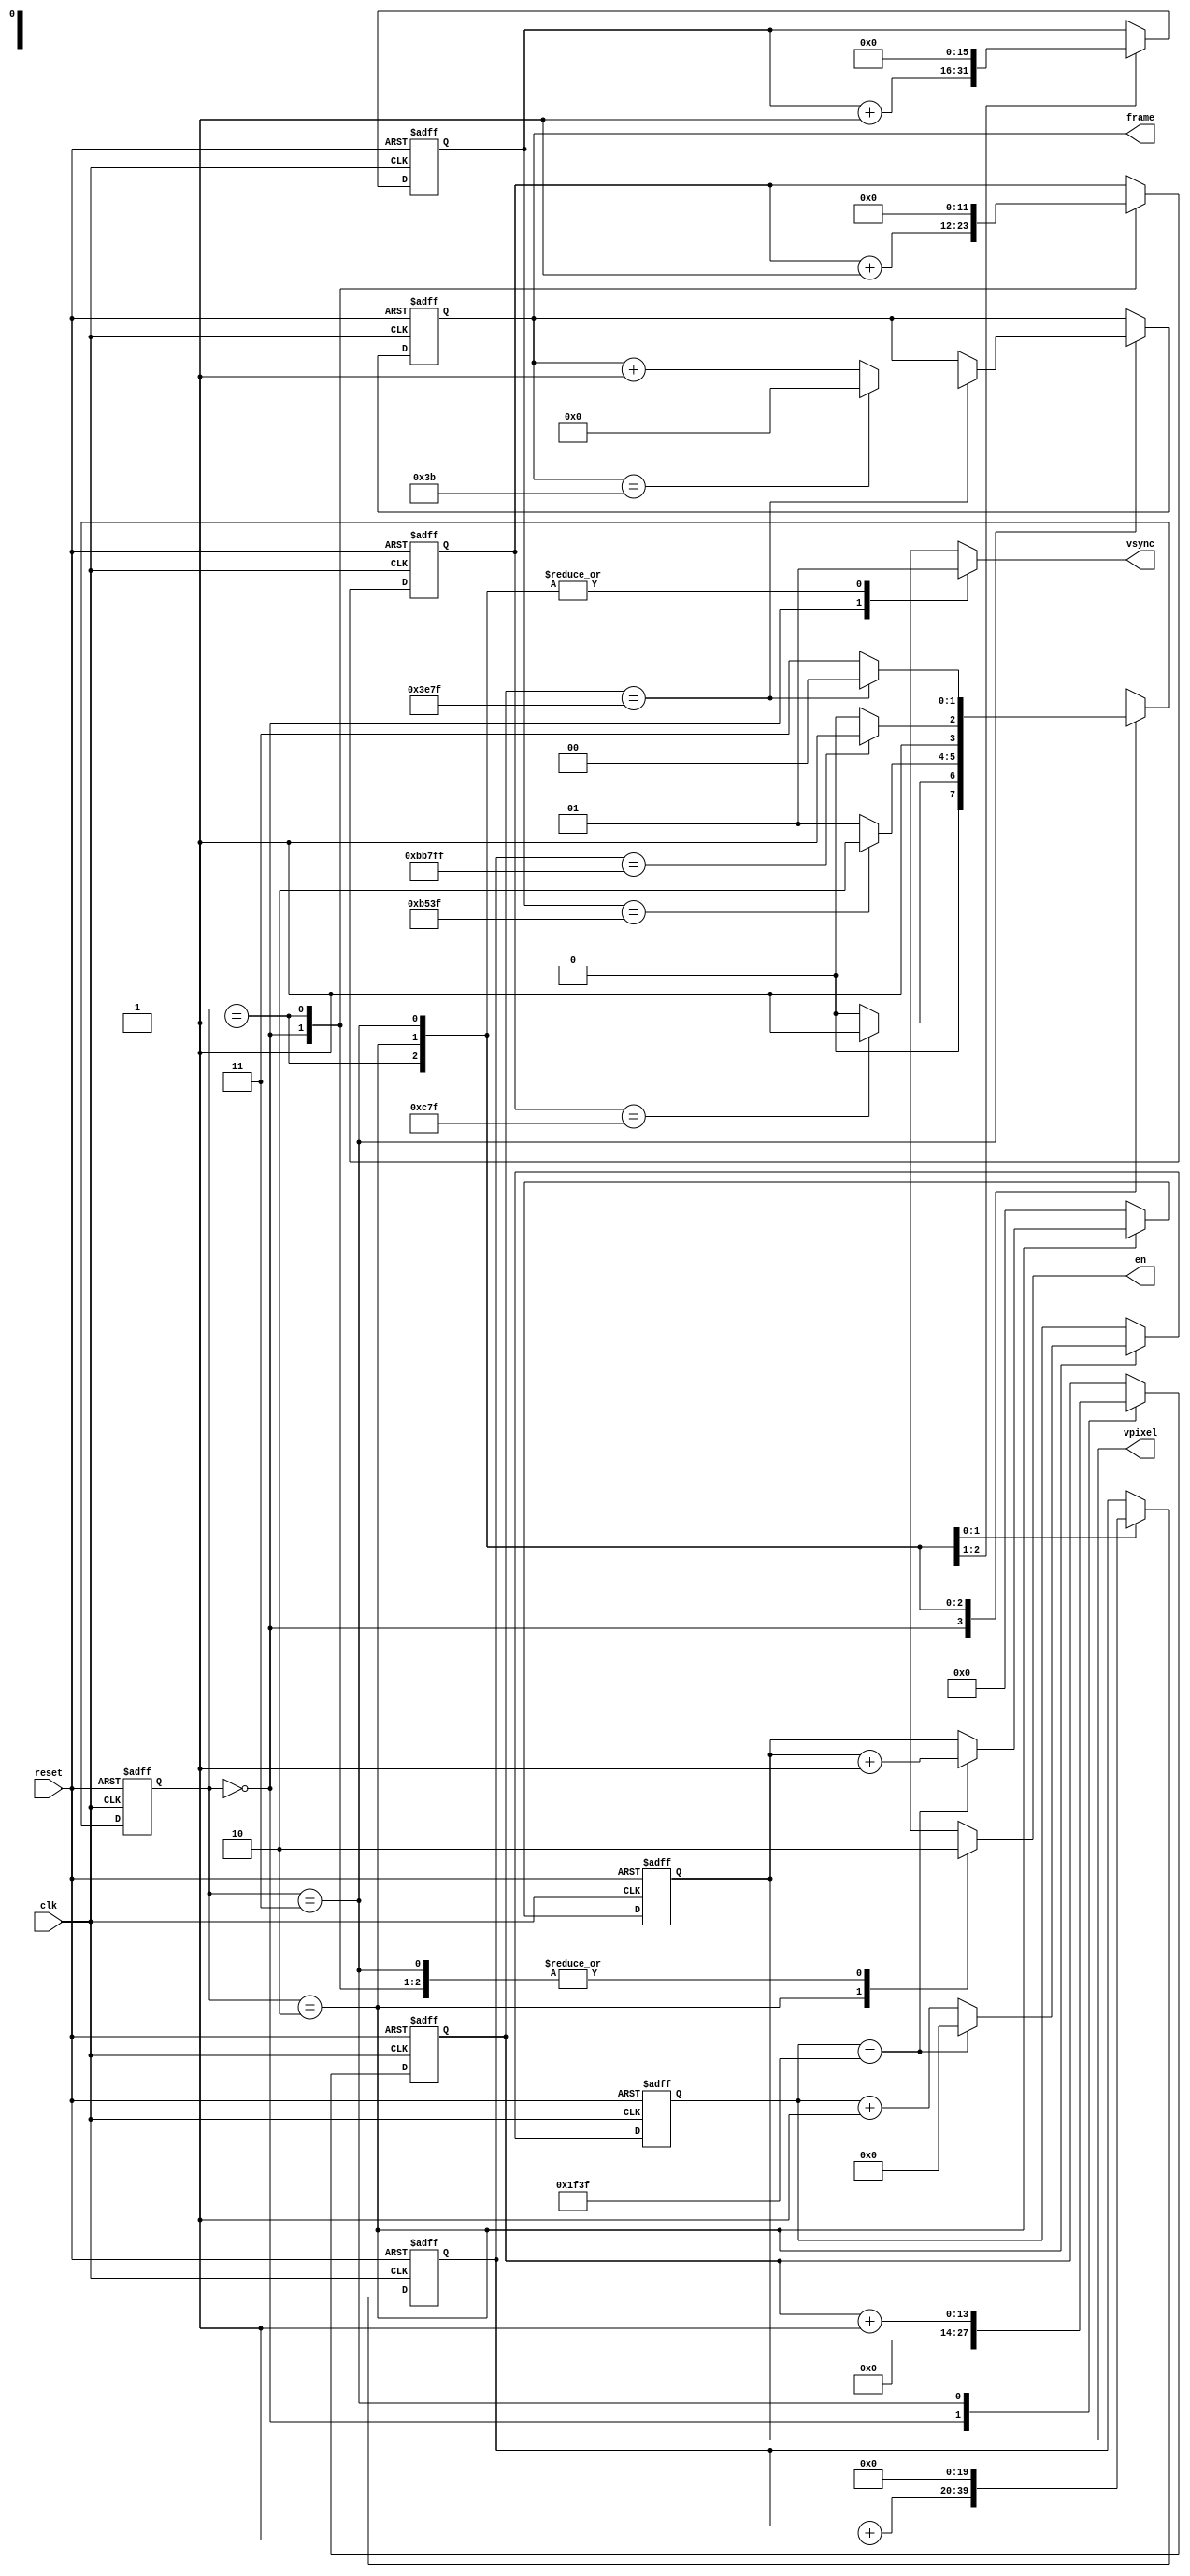
/*
Designer:		Lazaros Athanasiadis
Designed in:	Fall Semester 2019-20
Designed for:	Digital Systems Lab, 3rd lab assignment (VGA driver)
Description:	Vertical timings for the vga driver. Outputs vsync, a signal
				that goes straight to the VGA, and enable, a signal that I use
				to determine whether I should display pixels,
				meaning the FSM is at its ACTIVE VIDEO state, or not.
*/
module vsync_generator(clk, reset, vpixel, vsync, en, frame);

	input clk, reset;
	output vsync, en;
	output [5:0] frame;
	output [6:0] vpixel;

	reg vsync, en;
	reg [1:0] state, next_state;
	reg [5:0] frame;
	reg [6:0] vpixel;
	
	//Assuming a 20ns clock...
	/*
	pixel_counter: counts up to 7999 (160us elapsed) to change vpixel value
	On a 640*480 display , the 15.36ms of active video time are enough
	to scan each one of the 480 vertical lines one time
	With my 128*96 VRAM, each line must get displayed 5 times to get displayed properly.
	Thus, the pixel counter for generating the vpixel signal must count for 32us(scanlight time)*5 = 160us,
	or 8000 clock (T = 20ns) cycles
	*/
	reg [12:0] pixel_counter;
	reg [11:0] pulse_counter; //count up to 3199 (64us elapsed -- pulse width)
	reg [15:0] back_counter; //count up to 46399 (928us elapsed -- back porch)
	reg [19:0] active_counter; //count up to 767999 (15.36ms elapsed -- active video time)
	reg [13:0] front_counter; //count up to 15999 (320us elapsed -- front porch)

	parameter	PULSE_WIDTH = 2'b00,
				BACK_PORCH = 2'b01,
				DISPLAY = 2'b10,
				FRONT_PORCH = 2'b11;

	//FSM: next state
	always @(posedge clk or posedge reset) begin
		if (reset == 1'b1) begin
			state <= PULSE_WIDTH;
		end
		else begin
			state <= next_state;
		end
	end

	//increase counters at their respective states
	always @(posedge clk or posedge reset) begin
		if (reset == 1'b1) begin
			pulse_counter <= 12'b0;
			back_counter <= 16'b0;
			active_counter <= 20'b0;
			front_counter <= 14'b0;
			pixel_counter <= 13'b0;
		end
		else begin
			case (state)
				PULSE_WIDTH:
				begin
					front_counter <= 14'd0;
					pulse_counter <= pulse_counter + 12'd1;
				end
				BACK_PORCH:
				begin
					pulse_counter <= 12'd0;
					back_counter <= back_counter + 16'd1;
				end
				DISPLAY:
				begin
					back_counter <= 16'd0;
					active_counter <= active_counter + 20'd1;
					if (pixel_counter == 13'd7999)
						pixel_counter <= 13'd0;
					else
						pixel_counter <= pixel_counter + 13'd1;
				end
				FRONT_PORCH:
				begin
					active_counter <= 20'd0;
					front_counter <= front_counter + 14'b1; 
				end
			endcase
		end
	end

	//calculate vpixel and frame
	always @(posedge clk or posedge reset) begin
		if (reset == 1'b1) begin
			frame <= 6'd0;
			vpixel <= 7'b0;
		end
		else begin
			//frame
			if (state == FRONT_PORCH) begin
				if (front_counter == 14'd15999) begin
					if (frame == 6'd59) begin
						frame <= 0;
					end
					else begin
						frame <= frame + 6'd1;
					end
				end
			end
			//vpixel
			if (state == DISPLAY) begin
				if (pixel_counter == 13'd7999) begin
					vpixel <= vpixel + 1;
				end
				else begin
					vpixel <= vpixel;
				end
			end
			else begin
				vpixel <= 7'b0;
			end
		end
	end

	//FSM: next state and outputs (vsync, enable)
	always @(state or pulse_counter or back_counter or active_counter or front_counter or pixel_counter) begin
		case (state)
			PULSE_WIDTH:
			begin
				vsync = 1'b0;
				en = 0;
				if (pulse_counter == 12'd3199)
					next_state = BACK_PORCH;
				else
					next_state = PULSE_WIDTH;
			end
			BACK_PORCH:
			begin
				vsync = 1'b1;
				en = 0;
				if (back_counter == 16'd46399)
					next_state = DISPLAY;
				else
					next_state = BACK_PORCH;
			end
			DISPLAY:
			begin
				vsync = 1'b1;
				en = 1;
				if (active_counter == 20'd767999) begin
					next_state = FRONT_PORCH;
				end
				else begin
					next_state = DISPLAY;
				end
			end
			FRONT_PORCH:
			begin
				vsync = 1'b1;
				en = 0;
				if (front_counter == 14'd15999)
					next_state = PULSE_WIDTH;
				else
					next_state = FRONT_PORCH;
			end
		endcase
	end
endmodule